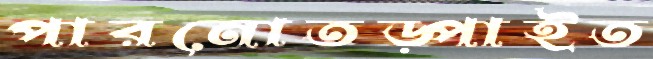
পারনোতড়্‌পাইত